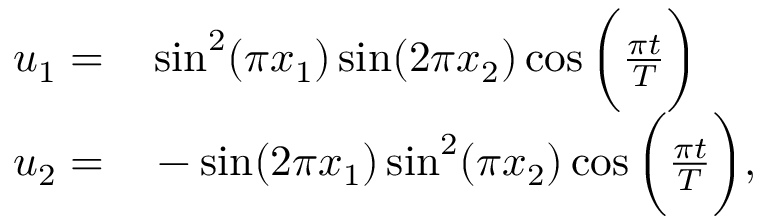
\begin{array} { r l } { u _ { 1 } = } & { { } \sin ^ { 2 } ( \pi x _ { 1 } ) \sin ( 2 \pi x _ { 2 } ) \cos \bigg ( \frac { \pi t } { T } \bigg ) } \\ { u _ { 2 } = } & { { } - \sin ( 2 \pi x _ { 1 } ) \sin ^ { 2 } ( \pi x _ { 2 } ) \cos \bigg ( \frac { \pi t } { T } \bigg ) , } \end{array}